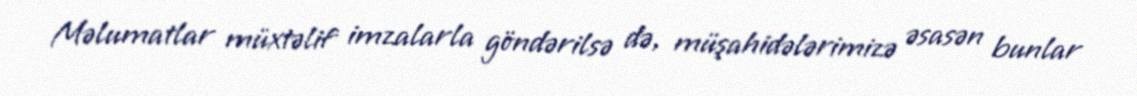
Məlumatlar müxtəlif imzalarla göndərilsə də, müşahidələrimizə əsasən bunlar